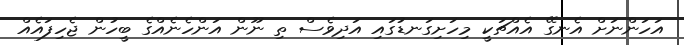
އަހަންނަށް އެނގޭ އެއްޗަކީ މިހަށިގަނޑުގައި އަދިވެސް ތި ނޫން އަންހެނެއްގެ ބީހުން ޖެހިފައެއް